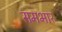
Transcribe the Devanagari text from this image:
समभार